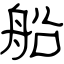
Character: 船